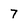
Character: 7